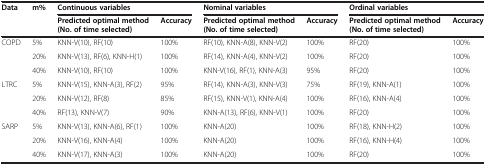
<table><thead><tr><td rowspan="2"><b>Data</b></td><td rowspan="2"><b>m%</b></td><td colspan="2"><b>Continuous variables</b></td><td colspan="2"><b>Nominal variables</b></td><td colspan="2"><b>Ordinal variables</b></td></tr><tr><td><b>Predicted optimal method (No. of time selected)</b></td><td><b>Accuracy</b></td><td><b>Predicted optimal method (No. of time selected)</b></td><td><b>Accuracy</b></td><td><b>Predicted optimal method (No. of time selected)</b></td><td><b>Accuracy</b></td></tr></thead><tbody><tr><td rowspan="3">COPD</td><td>5%</td><td>KNN-V(10), RF(10)</td><td>100%</td><td>RF(10), KNN-A(8), KNN-V(2)</td><td>100%</td><td>RF(20)</td><td>100%</td></tr><tr><td>20%</td><td>KNN-V(13), RF(6), KNN-H(1)</td><td>100%</td><td>RF(14), KNN-A(4), KNN-V(2)</td><td>100%</td><td>RF(20)</td><td>100%</td></tr><tr><td>40%</td><td>KNN-V(10), RF(10)</td><td>100%</td><td>KNN-V(16), RF(1), KNN-A(3)</td><td>95%</td><td>RF(20)</td><td>100%</td></tr><tr><td rowspan="3">LTRC</td><td>5%</td><td>KNN-V(15), KNN-A(3), RF(2)</td><td>95%</td><td>RF(14), KNN-A(3), KNN-V(3)</td><td>75%</td><td>RF(19), KNN-A(1)</td><td>100%</td></tr><tr><td>20%</td><td>KNN-V(12), RF(8)</td><td>85%</td><td>RF(15), KNN-V(1), KNN-A(4)</td><td>100%</td><td>RF(16), KNN-A(4)</td><td>100%</td></tr><tr><td>40%</td><td>RF(13), KNN-V(7)</td><td>90%</td><td>KNN-A(13), RF(6), KNN-V(1)</td><td>100%</td><td>RF(20)</td><td>100%</td></tr><tr><td rowspan="3">SARP</td><td>5%</td><td>KNN-V(13), KNN-A(6), RF(1)</td><td>100%</td><td>KNN-A(20)</td><td>100%</td><td>RF(18), KNN-H(2)</td><td>100%</td></tr><tr><td>20%</td><td>KNN-V(16), KNN-A(4)</td><td>100%</td><td>KNN-A(20)</td><td>100%</td><td>RF(16), KNN-H(4)</td><td>100%</td></tr><tr><td>40%</td><td>KNN-V(17), KNN-A(3)</td><td>100%</td><td>KNN-A(20)</td><td>100%</td><td>RF(20)</td><td>100%</td></tr></tbody></table>